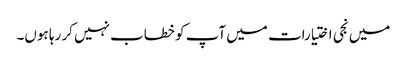
میں نجی اختیارات میں آپ کو خطاب نہیں کر رہا ہوں۔